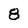
Character: 8